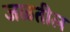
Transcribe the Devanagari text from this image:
जळतील